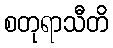
စတုရာသီတိ